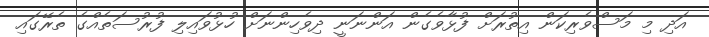
އަދި މި މަސްވެރިކަން އިތުރަށް ފުޅާވެގެން އަންނަނީ ދިވެހިންނަށް ހުޅުވައިލި ފުރުސަތެއްގެ ތެރޭގައި